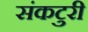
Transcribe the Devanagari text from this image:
संकटुरी